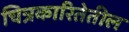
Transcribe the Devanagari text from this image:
चित्रकारितेतील